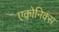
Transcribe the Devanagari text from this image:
एकोनिक्स